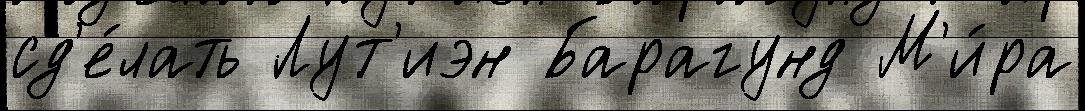
сд'е́лать Лут'иэн Барагунд М'и́ра